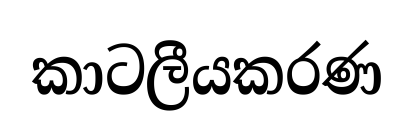
කාටලීයකරණ